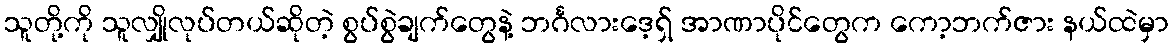
သူတို့ကို သူလျှိုလုပ်တယ်ဆိုတဲ့ စွပ်စွဲချက်တွေနဲ့ ဘင်္ဂလားဒေ့ရှ် အာဏာပိုင်တွေက ကော့ဘက်ဇား နယ်ထဲမှာ